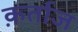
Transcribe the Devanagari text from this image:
क़र्ताज